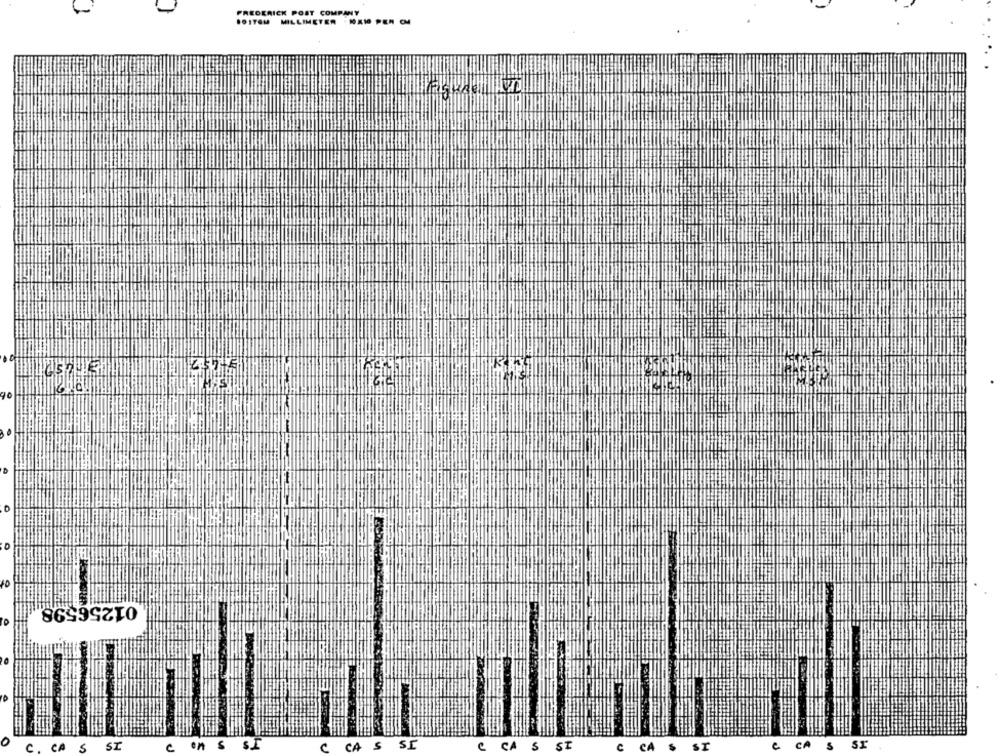
FREDERICK POST COMPANY
FOITEM MILLIMETER - MAIO PEN CM
01256598
CA
5
SI
e
en
S
S.
CA S
SI
C CA S ST
e
CA
S